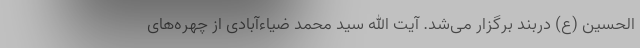
الحسین (ع) دربند برگزار می‌شد. آیت الله سید محمد ضیاءآبادی از چهره‌های